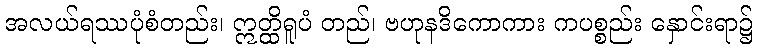
အလယ်ရဿပုံစံတည်း၊ ဣတ္ထိရူပံ တည်၊ ဗဟုနဒိကောကား ကပစ္စည်း နှောင်းရာ၌